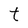
Character: t